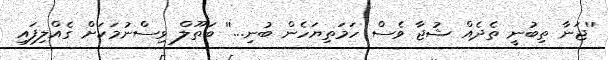
''ޖަނާ ތިބުނީ ތެދެއް ޝުޖާ ވެސް ހަމަތިޔަހެން ބުނި...'' ބަތޫލް ވިސްނުމަކަށް ގެއްލިފައި